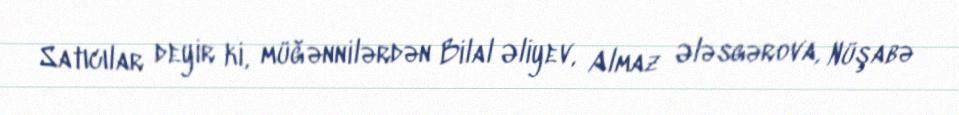
Satıcılar deyir ki, müğənnilərdən Bilal Əliyev, Almaz Ələsgərova, Nüşabə